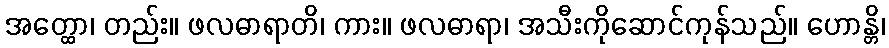
အတ္ထော၊ တည်း။ ဖလဓာရာတိ၊ ကား။ ဖလဓာရာ၊ အသီးကိုဆောင်ကုန်သည်။ ဟောန္တိ၊